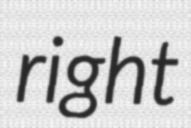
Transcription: right